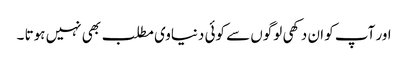
اور آپ کو ان دکھی لوگوں سے کوئی دنیاوی مطلب بھی نہیں ہوتا ۔